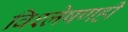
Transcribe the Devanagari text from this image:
विश्लेषणही